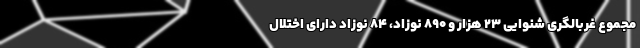
مجموع غربالگری شنوایی 23 هزار و 890 نوزاد، 84 نوزاد دارای اختلال